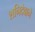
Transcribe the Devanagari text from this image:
शनिदेवाने